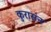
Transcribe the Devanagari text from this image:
कुरासंन